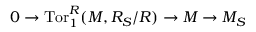
0 \to \operatorname { T o r } _ { 1 } ^ { R } ( M , R _ { S } / R ) \to M \to M _ { S }